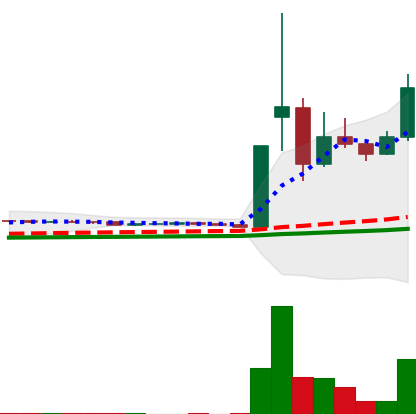
Ticker: DOGE-USD
Chart end date: 2021-02-04
Forward return: 31.49%
Label: up_7plus